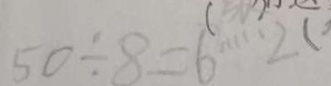
5 0 \div 8 = 6 \cdots 2 (